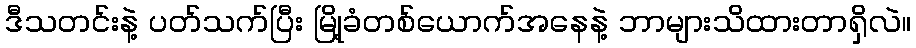
ဒီသတင်းနဲ့ ပတ်သက်ပြီး မြို့ခံတစ်ယောက်အနေနဲ့ ဘာများသိထားတာရှိလဲ။